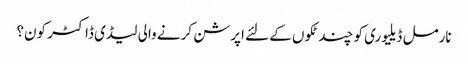
نارمل ڈیلیوری کو چند ٹکوں کے لئے اپرشن کرنے والی لیڈی ڈاکٹر کون؟